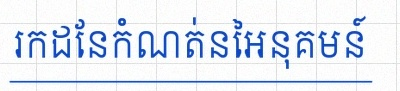
រកដែនកំណត់នៃអនុគមន៍